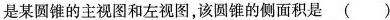
是某圆锥的主视图和左视图，该圆锥的侧面积是( )